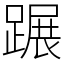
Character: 蹍